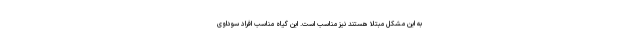
به این مشکل مبتلا هستند نیز مناسب است. این گیاه مناسب افراد سوداوی